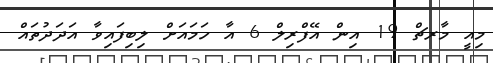
މިއީ މާރޗް 19 އިން އޭފްރިލް 6 އާ ހަމައަށް ލިބިފައިވާ އަދަދުތައް